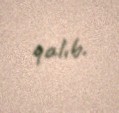
qalıb.